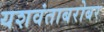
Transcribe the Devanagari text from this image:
यशवंताबरोबर